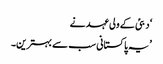
‘ دبئی کے ولی عہد نے
’یہ پاکستانی سب سے بہترین۔